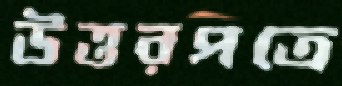
উত্তরপত্রে